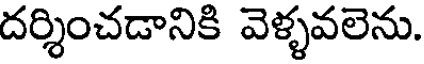
దర్శించడానికి వెళ్ళవలెను.